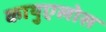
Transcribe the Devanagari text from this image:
कायुएलोस